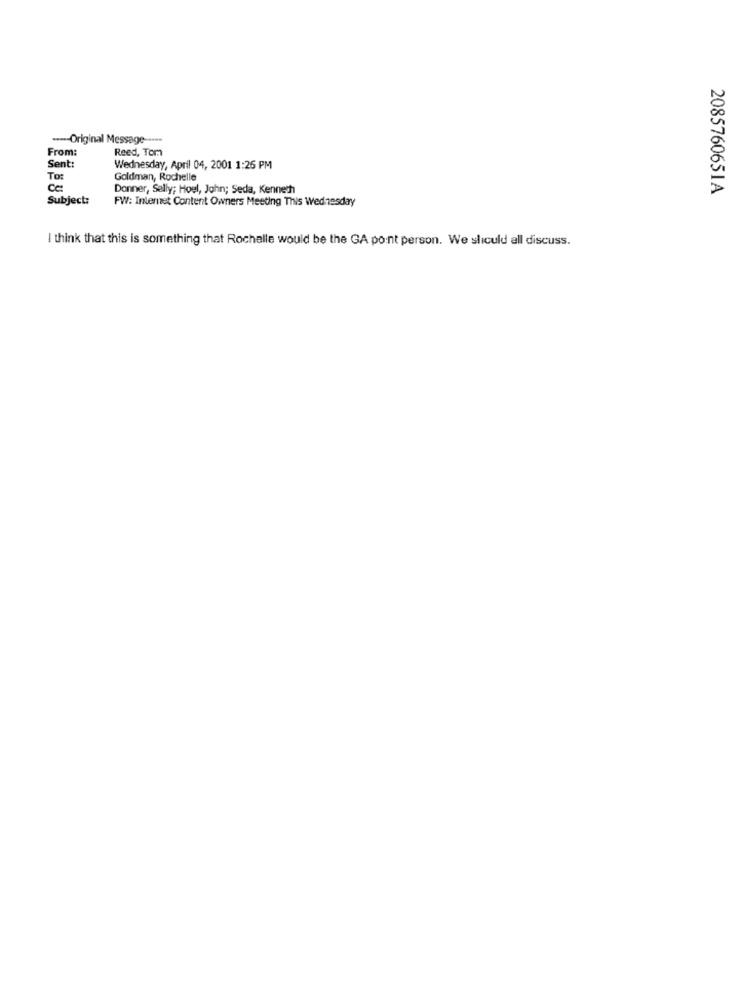
---- Original Message-
From:
Reed, Tom
Sent:
Wednesday, April 04, 2001 1:25 PM
To:
Goldman, Rochelle
Donner, Sally; Hoel, John; Seda, Kenneth
2085760651A
Subject:
FW: Internet Content Owners Meeting This Wednesday
I think that this is something that Rochelle would be the GA point person. We sliculd all discuss.